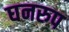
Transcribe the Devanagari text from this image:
घनरुप